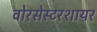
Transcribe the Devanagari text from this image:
वोरसेस्टरशायर